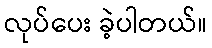
လုပ်ပေး ခဲ့ပါတယ်။